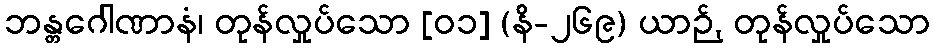
ဘန္တဂေါဏာနံ၊ တုန်လှုပ်သော [၀၁] (နိ-၂၆၉) ယာဉ်, တုန်လှုပ်သော